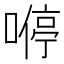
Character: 𠼵